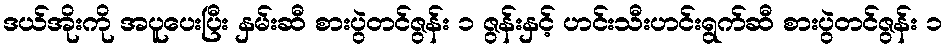
ဒယ်အိုးကို အပူပေးပြီး နှမ်းဆီ စားပွဲတင်ဇွန်း ၁ ဇွန်းနှင့် ဟင်းသီးဟင်းရွက်ဆီ စားပွဲတင်ဇွန်း ၁